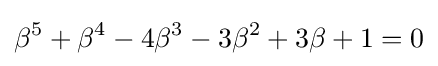
\beta ^{5}+\beta ^{4}-4\beta ^{3}-3\beta ^{2}+3\beta +1=0